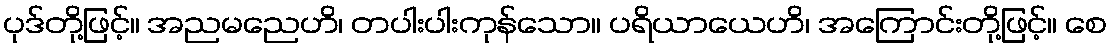
ပုဒ်တို့ဖြင့်။ အညမညေဟိ၊ တပါးပါးကုန်သော။ ပရိယာယေဟိ၊ အကြောင်းတို့ဖြင့်။ စေ